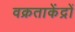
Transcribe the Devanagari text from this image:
वक्रताकेंद्रों